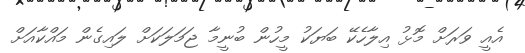
އެއީ ވަރަށް މޮޅު އިލާހެކޭ ބަޔަކު މީހުން ބުނީމާ ޖަމަލަކަށް ލައިގެން މައްކާއަށް